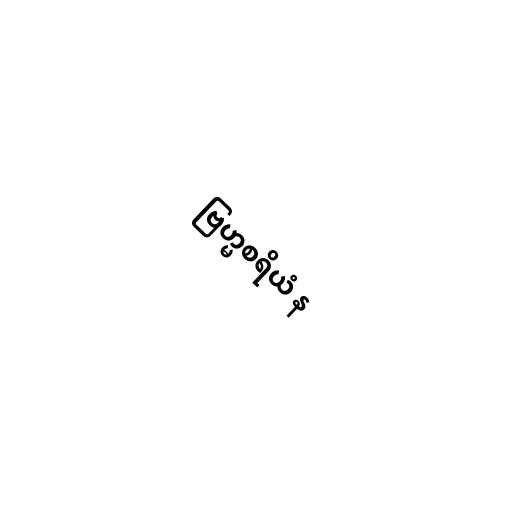
ဗြဟ္မစရိယံ န